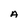
Character: A